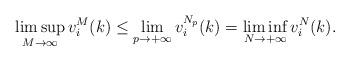
LaTeX: \begin{align*}\limsup\limits_{M\rightarrow\infty}v_i^M(k)\leq\lim\limits_{p\rightarrow+\infty} v_i^{N_p}(k)=\liminf\limits_{N\rightarrow+\infty}v_i^N(k).\end{align*}